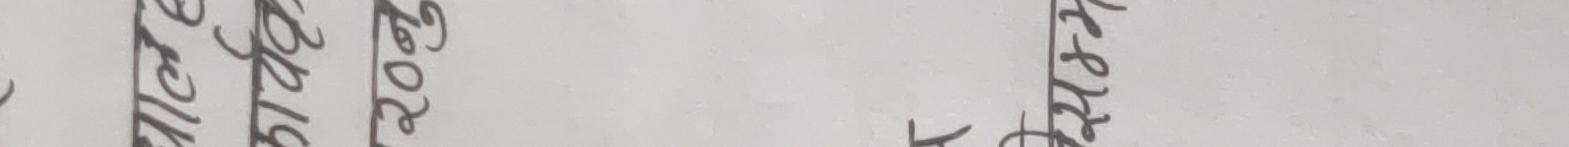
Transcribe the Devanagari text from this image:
एउटा शहर